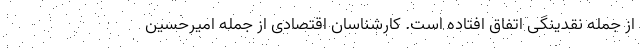
از جمله نقدینگی اتفاق افتاده است. کارشناسان اقتصادی از جمله امیرحسین